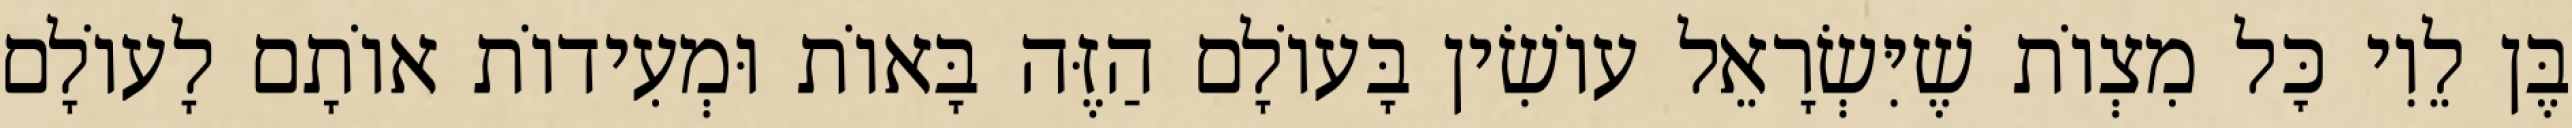
בֶּן לֵוִי כׇּל מִצְוֹת שֶׁיִּשְׂרָאֵל עוֹשִׂין בָּעוֹלָם הַזֶּה בָּאוֹת וּמְעִידוֹת אוֹתָם לָעוֹלָם